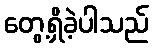
တွေ့ရှိခဲ့ပါသည်